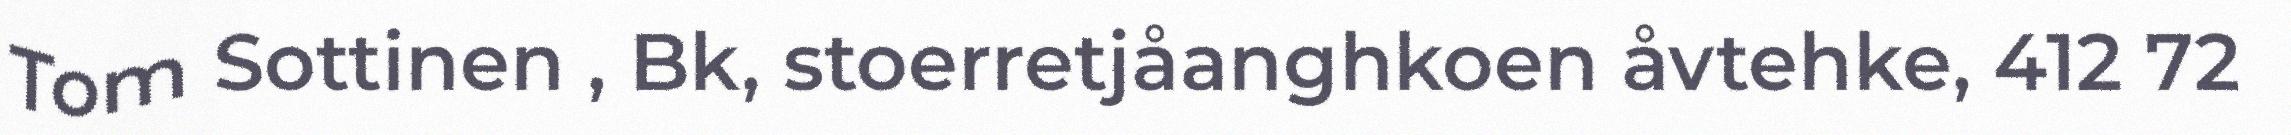
Tom Sottinen , Bk, stoerretjåanghkoen åvtehke, 412 72